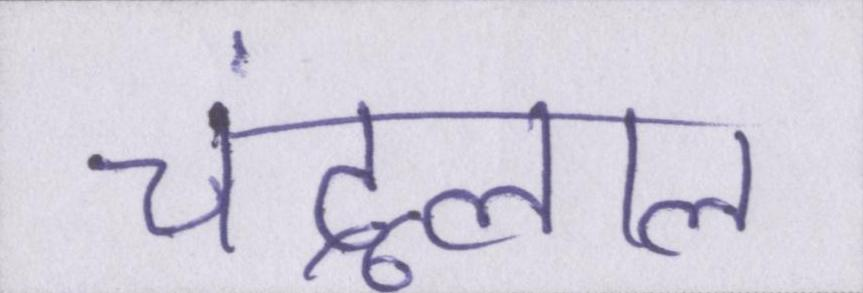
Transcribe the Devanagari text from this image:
चंदूलाल